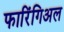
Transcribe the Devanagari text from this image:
फारिंगिअल